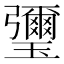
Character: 瓕